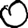
Digit: 0